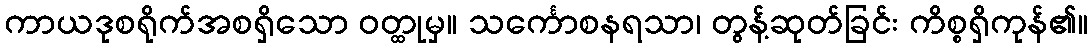
ကာယဒုစရိုက်အစရှိသော ဝတ္ထုမှ။ သင်္ကောစနရသာ၊ တွန့်ဆုတ်ခြင်း ကိစ္စရှိကုန်၏။